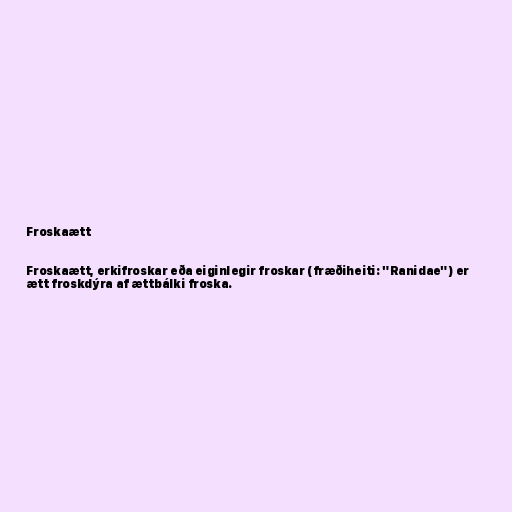
Froskaætt

Froskaætt, erkifroskar eða eiginlegir froskar (fræðiheiti: "Ranidae") er
ætt froskdýra af ættbálki froska.